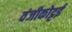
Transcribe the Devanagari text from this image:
वंजीकोट्टई